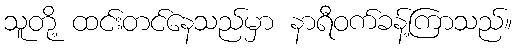
သူတို့ ထင်းတင်နေသည်မှာ နာရီဝက်ခန့်ကြာသည်။